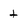
Character: t